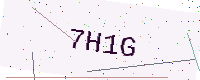
Text: 7H1G